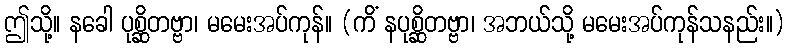
ဤသို့။ နခေါ ပုစ္ဆိတဗ္ဗာ၊ မမေးအပ်ကုန်။ (ကိံ နပုစ္ဆိတဗ္ဗာ၊ အဘယ်သို့ မမေးအပ်ကုန်သနည်း။)